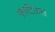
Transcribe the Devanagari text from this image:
फाटिअस